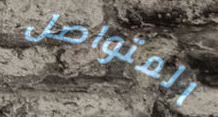
المتواصل